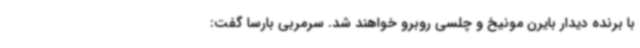
با برنده دیدار بایرن مونیخ و چلسی روبرو خواهند شد. سرمربی بارسا گفت: